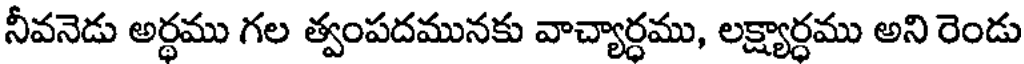
నీవనెడు అర్ధము గల త్వంపదమునకు వాచ్యార్ధము, లక్ష్యార్ధము అని రెండు